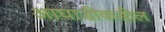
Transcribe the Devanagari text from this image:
आघाडीकडील